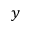
y